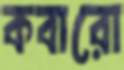
কবারো